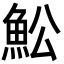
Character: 䰸